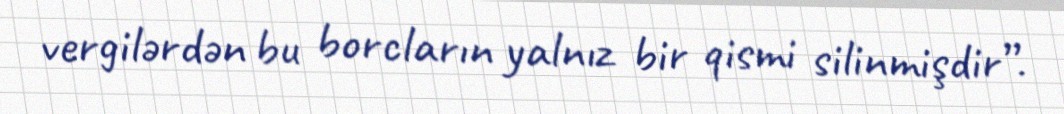
vergilərdən bu borcların yalnız bir qismi silinmişdir”.